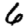
Digit: 6